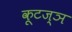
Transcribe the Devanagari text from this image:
कूटज्ञ